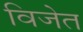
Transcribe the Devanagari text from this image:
विजेत